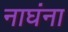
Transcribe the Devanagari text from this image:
नाघंना